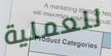
للعملية